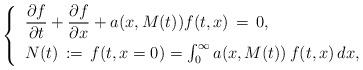
LaTeX: \begin{align*} \begin{cases} \displaystyle\phantom{\Big[}\frac{\partial f}{\partial t} +\frac{\partial f}{\partial x}+a(x,M(t))f(t,x)\,=\,0, \\ \phantom{\Big[}N(t)\,:=\,f(t,x=0) =\int_{0}^\infty a(x, M(t))\,f(t,x)\,dx, \end{cases} \end{align*}